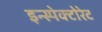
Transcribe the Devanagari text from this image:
इन्स्पेक्टोरेट